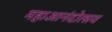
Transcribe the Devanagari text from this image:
महाआनंदोत्सव